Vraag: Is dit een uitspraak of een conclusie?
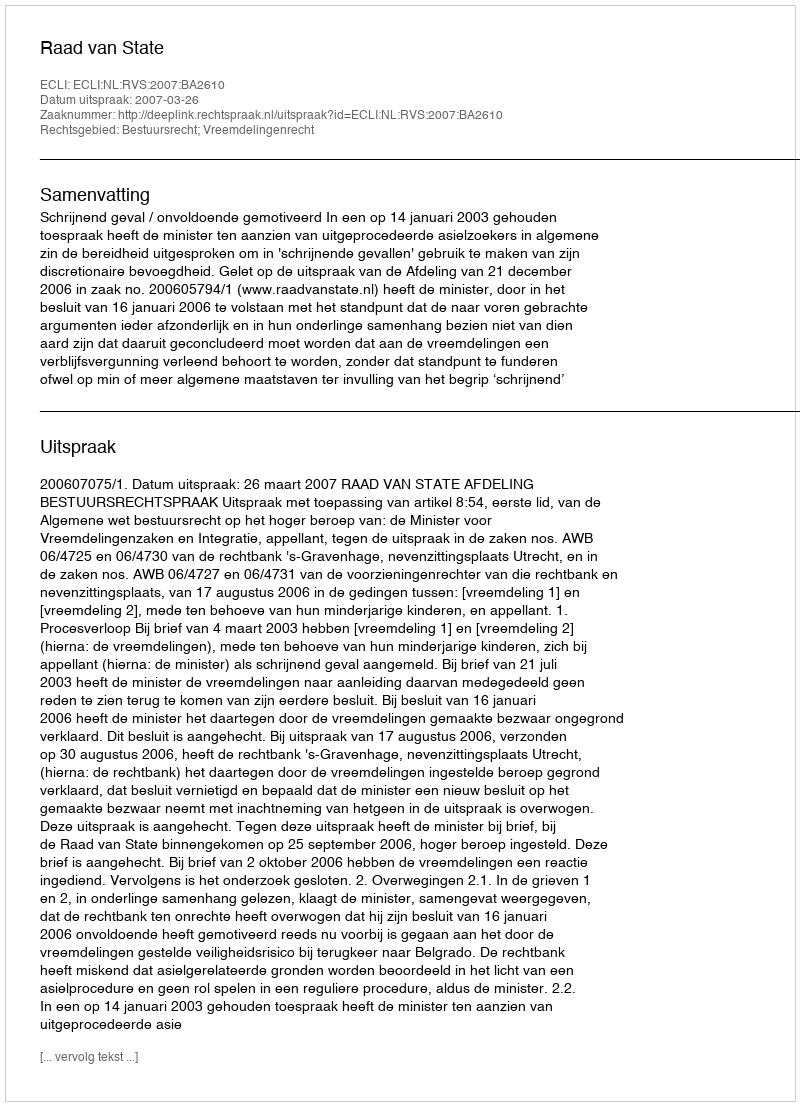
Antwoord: Uitspraak